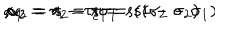
\alpha _ { 1 } = \tau _ { 1 } = s \sigma _ { 1 } \hspace { . 4 c m } , \hspace { . 4 c m } \alpha _ { 2 } = \tau _ { 2 } - \tau _ { 1 } = s ( \sigma _ { 2 } - \sigma _ { 1 } ) \hspace { . 4 c m } , \hspace { . 4 c m } \alpha _ { 3 } = s - \tau _ { 2 } = s ( 1 - \sigma _ { 2 } )